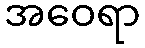
အဝေရာ